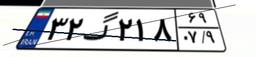
۳۲گ۲۱۸۶۹